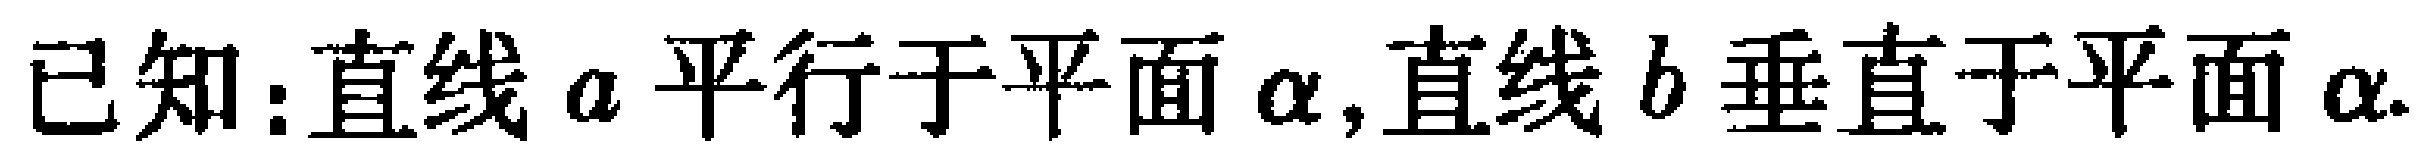
已知：直线\(a\)平行于平面\(\alpha\)，直线\(b\)垂直于平面\(\alpha\).